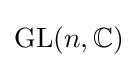
{\text{GL}}(n,\mathbb {C} )